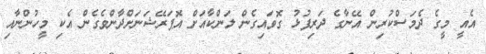
އެއީ މީގެ ދެމަސްކުރިން އޭނާގެ ދަރިފުޅު ގޮވައިގެން ލަންކާއަށް އޮޕަރޭޝަނަށްދާންވެގެން އެކި މީހުންނާއި